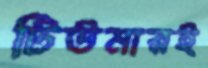
টিউমারই